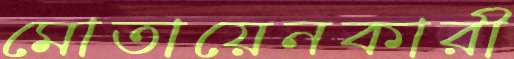
মোতায়েনকারী